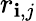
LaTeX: r_{\mathbf{i},j}